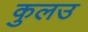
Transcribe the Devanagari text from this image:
कुलउ